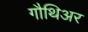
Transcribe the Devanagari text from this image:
गौथिअर